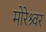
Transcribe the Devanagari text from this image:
मोरेश्र्वर